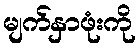
မျက်နှာဖုံးကို